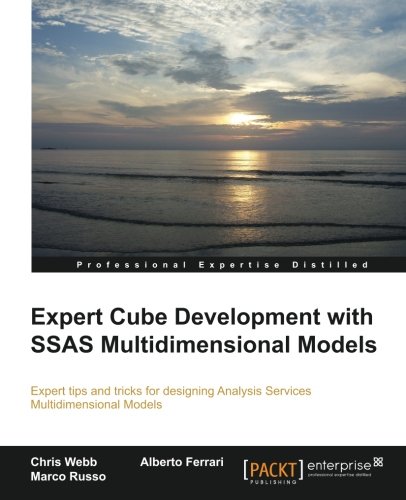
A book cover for Expert Cube Development with SSAS Multidimensional Models; Chris Webb; Computers & Technology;